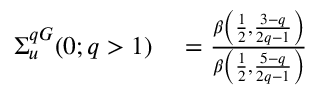
\begin{array} { r l } { \Sigma _ { u } ^ { q G } ( 0 ; q > 1 ) } & { { } = \frac { \beta \left( \frac { 1 } { 2 } , \frac { 3 - q } { 2 q - 1 } \right) } { \beta \left( \frac { 1 } { 2 } , \frac { 5 - q } { 2 q - 1 } \right) } } \end{array}